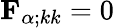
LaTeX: {\mathbf{F}}_{\alpha;kk}=0